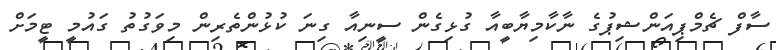
ސާފް ޗެމްޕިއަންޝިޕުގެ ނާކާމިޔާބީއާ ގުޅިގެން ސީނިއާ ގިނަ ކުޅުންތެރިން މިވަގުތު ގައުމީ ޓީމަށް